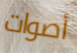
أصوات